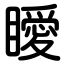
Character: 瞹